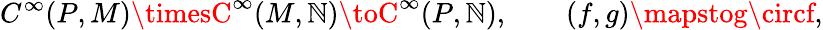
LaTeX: C^{\infty}(P,M)\timesC^{\infty}(M,\mathbb{N})\toC^{\infty}(P,\mathbb{N}),\qquad(f,g)\mapstog\circf,